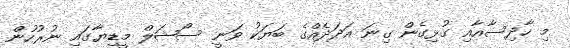
މި ހާދިސާއާއި ގުޅިގެން ގިނަ އަދަދެއްގެ ބަޔަކު ވަނީ ސޯޝަލް މީޑިޔާގައި ނުރުހުން